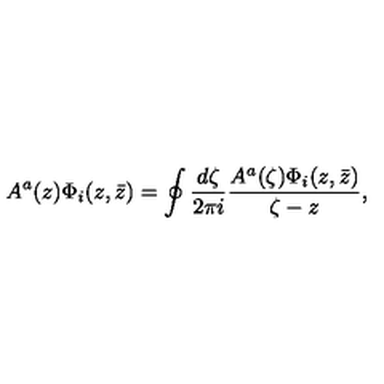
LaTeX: A ^ { a } ( z ) \Phi _ { i } ( z , \bar { z } ) = \oint { \frac { d \zeta } { 2 \pi i } } { \frac { A ^ { a } ( \zeta ) \Phi _ { i } ( z , \bar { z } ) } { \zeta - z } } ,